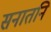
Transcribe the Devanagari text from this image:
सनातनि